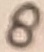
Text: 8